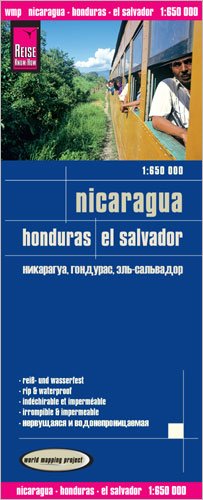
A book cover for Nicaragua, Honduras & El Salvador 1:650,000 waterproof, GPS-compatible map; Reise KnowHow; Travel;